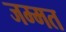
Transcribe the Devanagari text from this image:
जम्मत